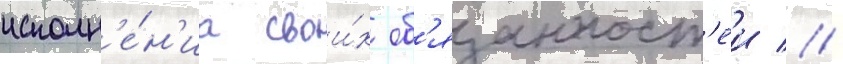
исполн'е́н'иа свои́х об'язанност'еи //